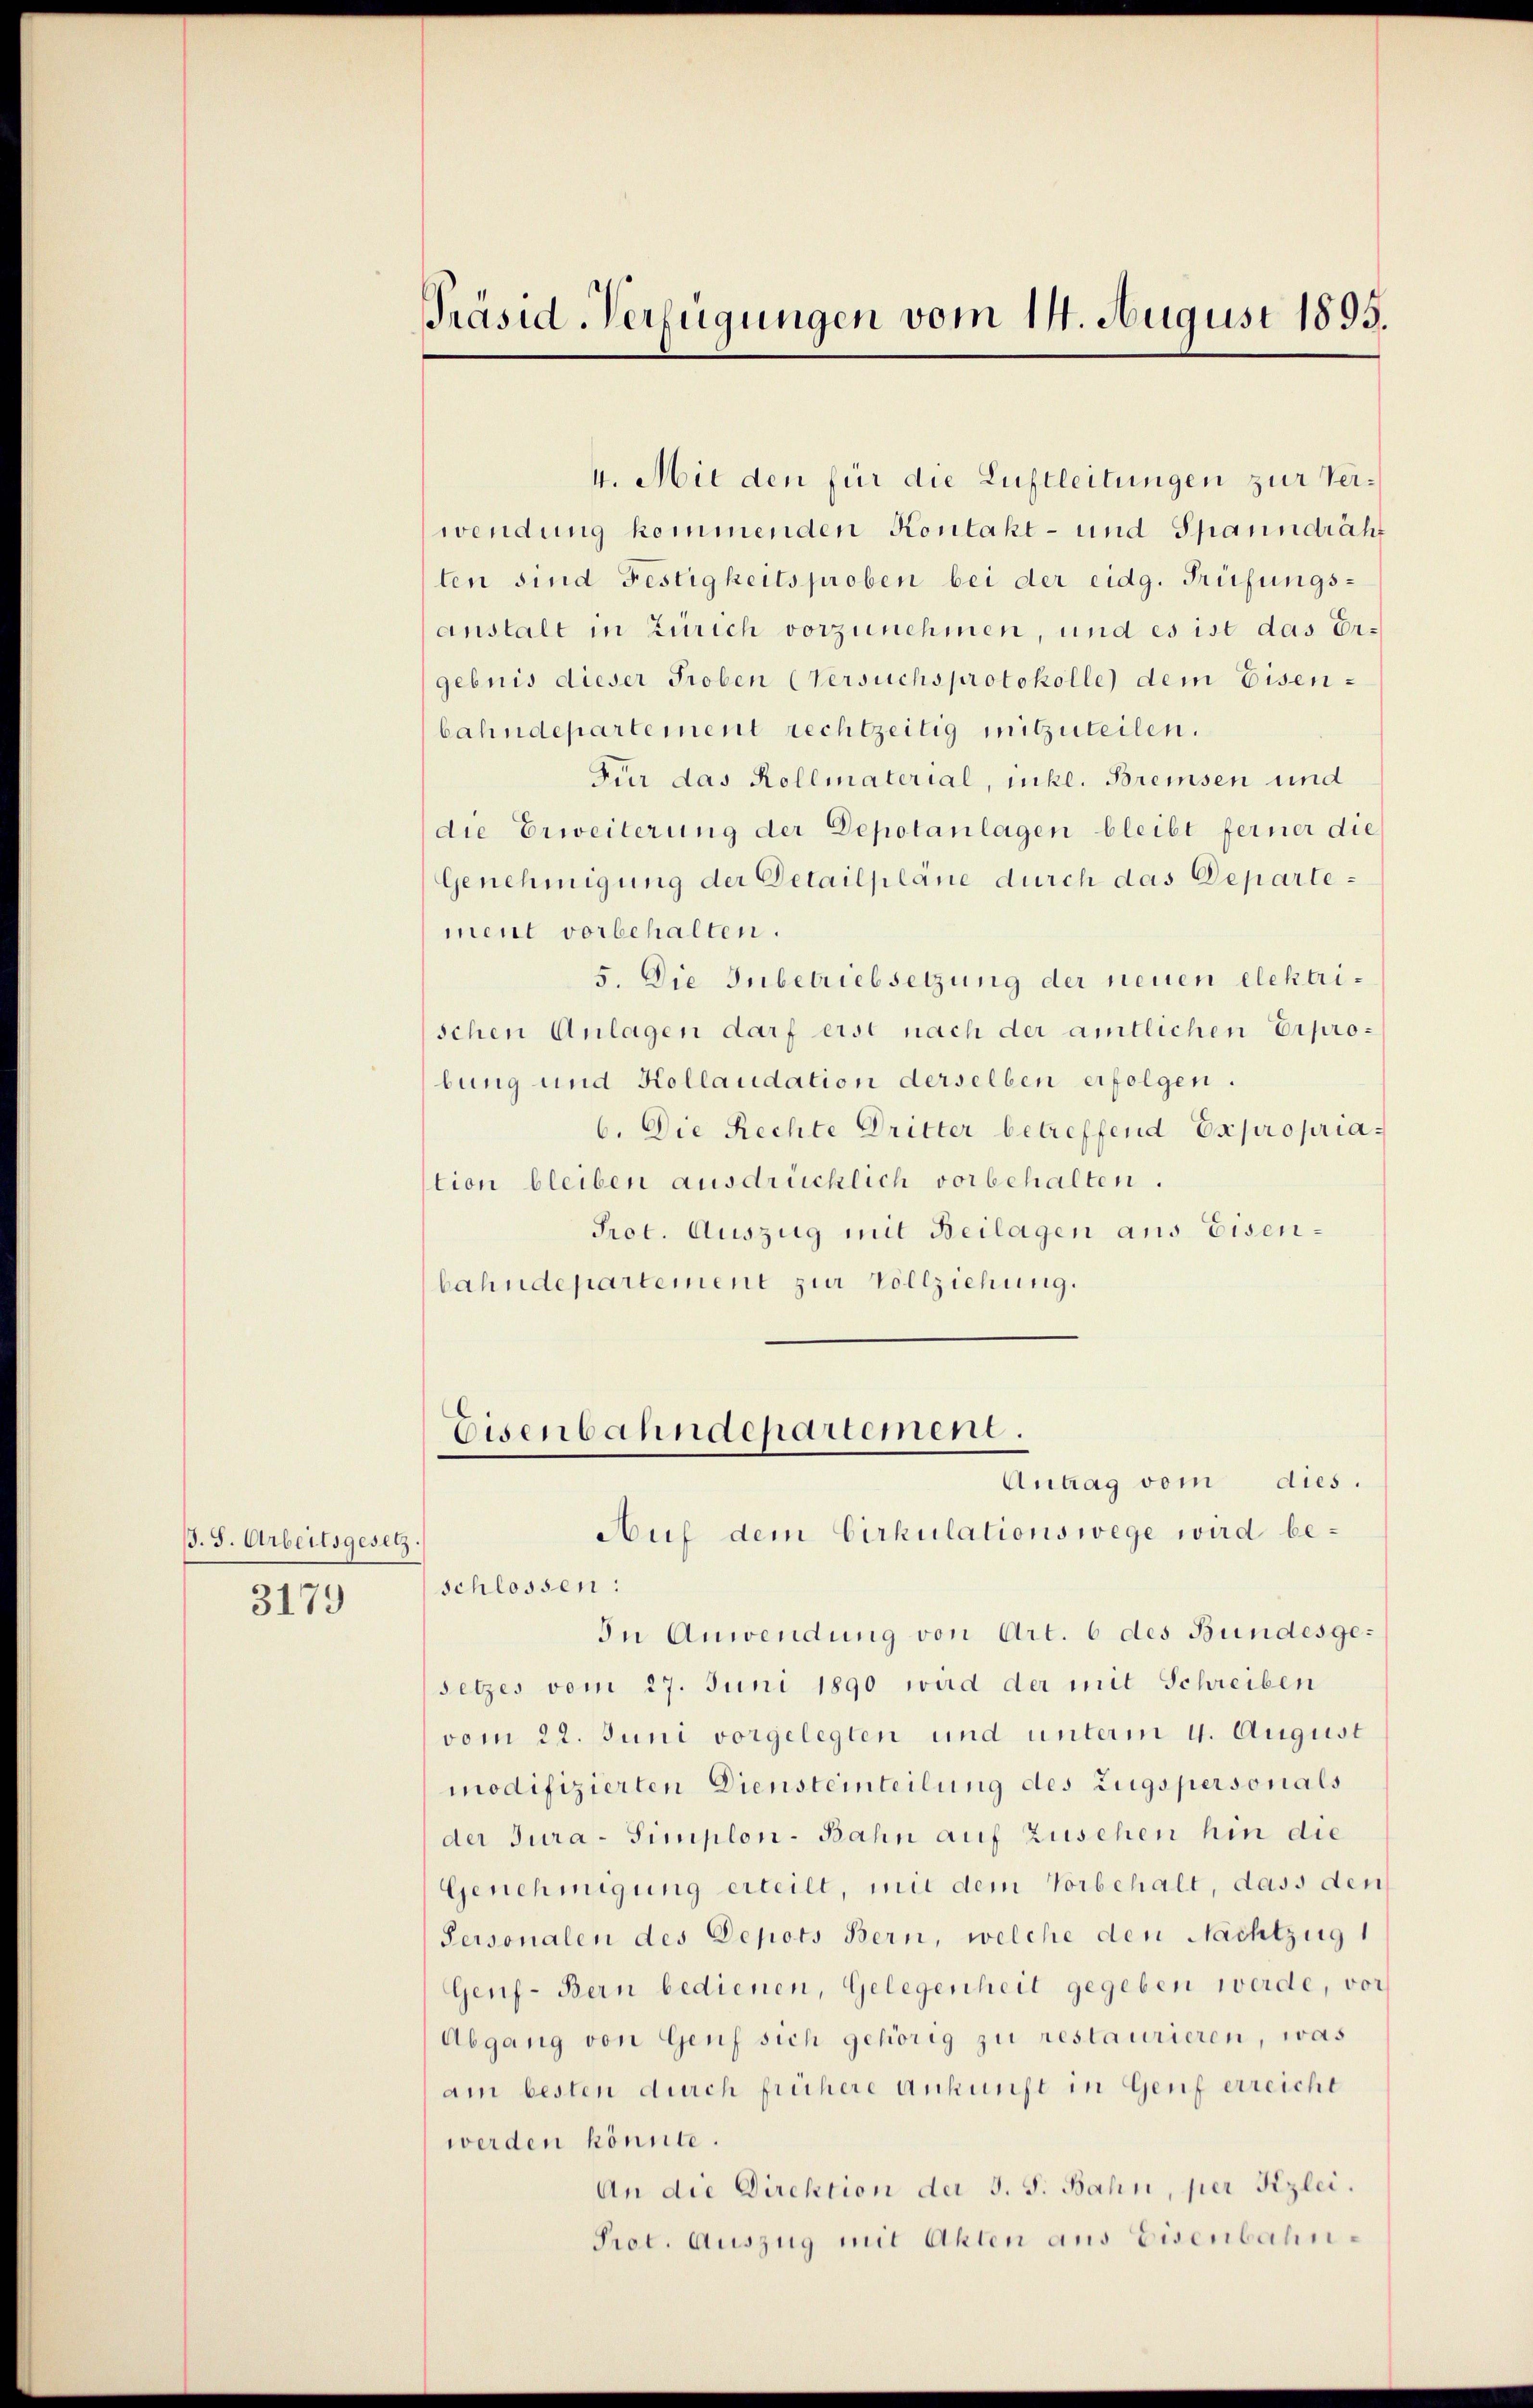
B. S. Arbeitsgesetz.

3179

Präsid-Verfügungen vom 14. August 1895.

4. Mit den für die Luftleitungen zur Verwendung kommenden Kontakt- und Spanndräht
ten sind Festigheits proben bei der eidg. Prüfungsanstalt in Zürich vorzunehmen, und es ist das Ergebnis dieser Proben (Versuchsprotokolle dem Eisenbahndepartement rechtzeitig mitzuteilen.
Für das Kollmaterial, inkl. Breisen und
die Erweiterung der Depotanlagen bleibt ferner die
Genehmigung der Detailpläne durch das Departement vorbehalten.
5. Die Inbetriebsetzung der neuen elektrischen Anlagen darf erst nach der amtlichen Erprobung und Kollaudation derselben erfolgen.
6. Die Rechte Dritter betreffend Expropriastion bleiben ausdrücklich vorbehalten.
Prot. Auszug mit Beilagen aus Eisenbahndepartement zur Vollziehung.

Eisenbahndepartement.
Antrag vom dies.

Auf dem Cirkulationswege wird beschlossen:
In Anwendung von Art. 6 des Bundesgesetzes vom 27. Juni 1890 wird der mit Schreiben
vom 22. Juni vorgelegten und unterm 4. August
modifizierten Diensteinteilung des Zugspersonals
der Jura-Simplon-Bahn auf Zusehen hin die
Genehmigung erteilt, mit dem Vorbehalt, dass den
Personalen des Depots Bern, welche den Nachtzug
Genf-Bern bedienen, Gelegenheit gegeben werde, vor
Abgang von Genf sich gehörig zu restaurieren, was
am besten durch frühere Ankunft in Genf erreicht
werden könnte.
An die Direktion der S. S. Bahn, per Kizlei.
Prot. Auszug mit Akten aus Eisenbahn¬